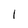
Character: I